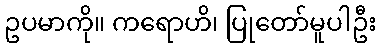
ဥပမာကို။ ကရောဟိ၊ ပြုတော်မူပါဦး